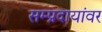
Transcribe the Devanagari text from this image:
सम्प्रदायांवर